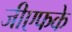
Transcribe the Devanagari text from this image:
जीएफके